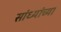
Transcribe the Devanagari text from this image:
सांध्यांच्या